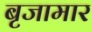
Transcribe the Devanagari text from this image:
बृजामार